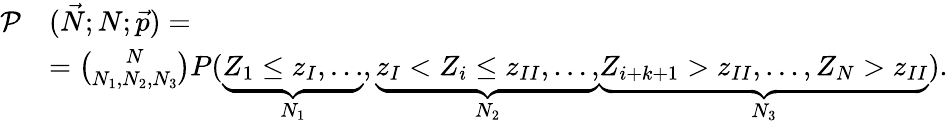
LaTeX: \begin{array}{rl}{\mathcal{P}}&{(\vec{N};N;\vec{p})=}\\ &{=\binom{N}{N_{1},N_{2},N_{3}}P(\underbrace{Z_{1}\leq z_{I},\dotsc}_{N_{1}},\underbrace{z_{I}<Z_{i}\leq z_{II},\dotsc,}_{N_{2}}\underbrace{Z_{i+k+1}>z_{II},\dotsc,Z_{N}>z_{II}}_{N_{3}}).}\end{array}